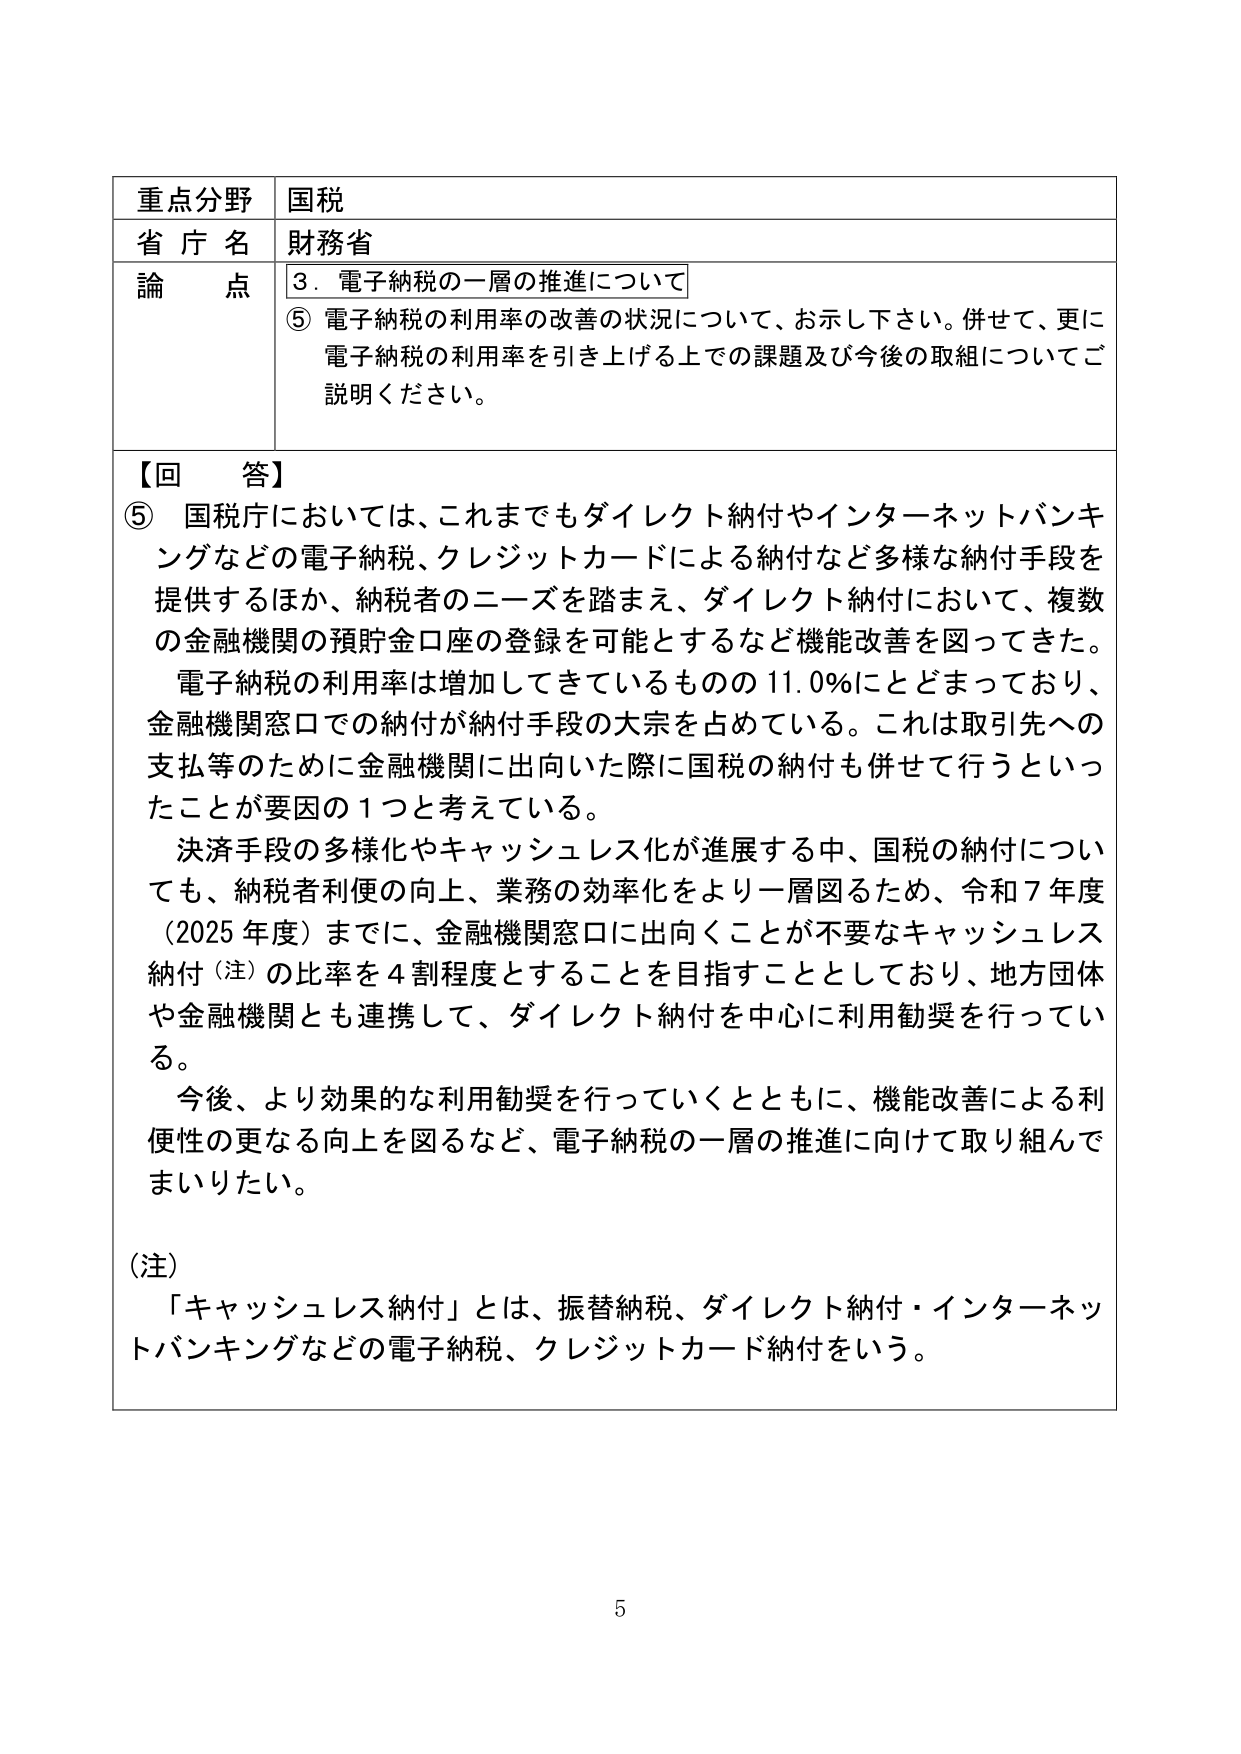
重点分野 国税
省庁名 財務省
論点 3．電子納税の一層の推進について
⑤ 電子納税の利用率の改善の状況について、お示し下さい。併せて、更に電子納税の利用率を引き上げる上での課題及び今後の取組についてご説明ください。

【回答】
⑤ 国税庁においては、これまでもダイレクト納付やインターネットバンキングなどの電子納税、クレジットカードによる納付など多様な納付手段を提供するほか、納税者のニーズを踏まえ、ダイレクト納付において、複数の金融機関の預貯金口座の登録を可能とするなど機能改善を図ってきた。
電子納税の利用率は増加してきているものの11.0％にとどまっており、金融機関窓口での納付が納付手段の大宗を占めている。これは取引先への支払等のために金融機関に出向いた際に国税の納付も併せて行うといったことが要因の1つと考えている。
決済手段の多様化やキャッシュレス化が進展する中、国税の納付についても、納税者利便の向上、業務の効率化をより一層図るため、令和7年度（2025年度）までに、金融機関窓口に出向くことが不要なキャッシュレス納付（注）の比率を4割程度とすることを目指すこととしており、地方団体や金融機関とも連携して、ダイレクト納付を中心に利用勧奨を行っている。
今後、より効果的な利用勧奨を行っていくとともに、機能改善による利便性の更なる向上を図るなど、電子納税の一層の推進に向けて取り組んでまいりたい。

（注）
「キャッシュレス納付」とは、振替納税、ダイレクト納付・インターネットバンキングなどの電子納税、クレジットカード納付をいう。

5